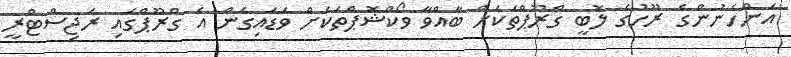
އަންހެނުންގެ ރޫހުގެ ލޮބީ ގްރޫޕްތަކަށް ބާއްވާ ވޯކްޝޮޕްތަކަށް ވަޑައިގެން އެ ގްރޫޕްގައި ރަޖިސްޓްރީ